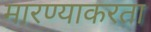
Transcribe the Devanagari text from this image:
मारण्याकरता